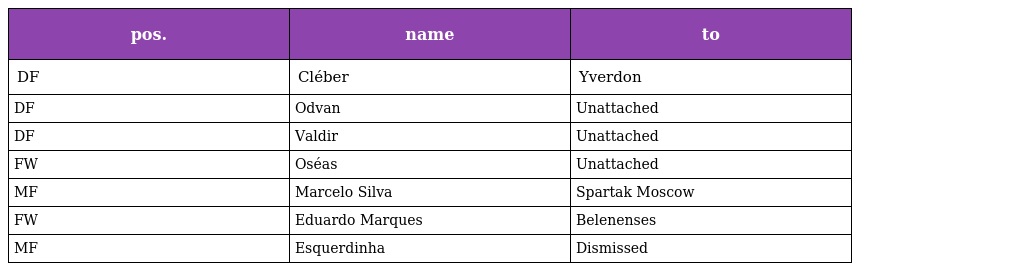
| pos. | name | to |
 | --- | --- | --- |
 | DF | Cléber | Yverdon |
 | DF | Odvan | Unattached |
 | DF | Valdir | Unattached |
 | FW | Oséas | Unattached |
 | MF | Marcelo Silva | Spartak Moscow |
 | FW | Eduardo Marques | Belenenses |
 | MF | Esquerdinha | Dismissed |